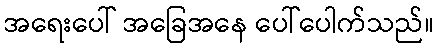
အရေးပေါ် အခြေအနေ ပေါ်ပေါက်သည်။